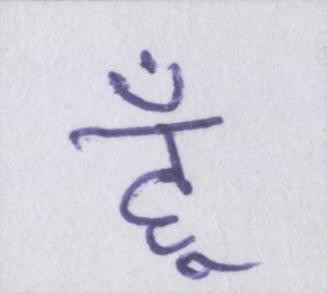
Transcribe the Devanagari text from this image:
हूँ